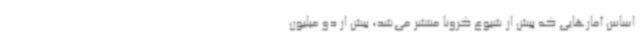
اساس آمارهایی که پیش از شیوع کرونا منتشر می‌شد، بیش از دو میلیون